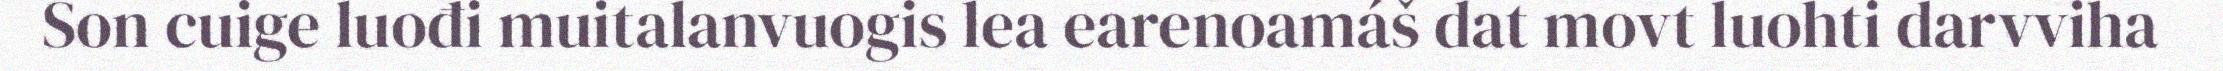
Son cuige luođi muitalanvuogis lea earenoamáš dat movt luohti darvviha